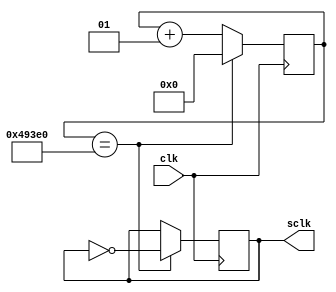

//-----------------------------------------------------------------------
//-- Module to divide the clock 
//-----------------------------------------------------------------------
module clk_div (  input clk,
                  output reg sclk=0);

  integer MAX_COUNT = 300000; //Change to 1000000 to view testall blink;
  integer div_cnt =0;
   always @ (posedge clk)              
   begin
         if (div_cnt == MAX_COUNT) 
         begin 
            sclk = ~sclk;
            div_cnt = 0;
         end else
            div_cnt = div_cnt + 1;  
   end 
endmodule